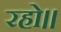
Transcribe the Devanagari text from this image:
रहो॥